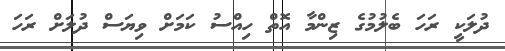
ދުލަކީ ރަހަ ބެލުމުގެ ޒިންމާ އޮތް ހިއްސު ކަމަށް ވިޔަސް ދުލަށް ރަހަ